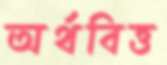
অর্থবিত্ত